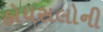
હોયસલોની